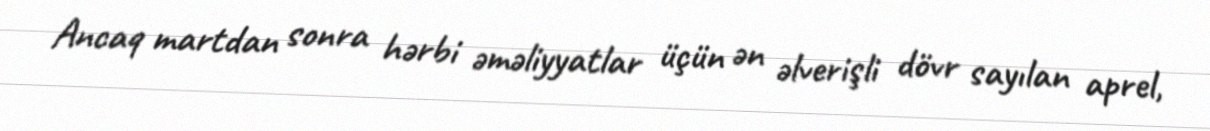
Ancaq martdan sonra hərbi əməliyyatlar üçün ən əlverişli dövr sayılan aprel,